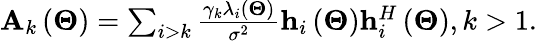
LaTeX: \begin{array}{r}{{{\mathbf{A}}_{k}}\left({{\mathbf{\Theta}}}\right)=\sum_{i>k}{\frac{{{\gamma_{k}}{\lambda_{i}}\left({\mathbf{\Theta}}\right)}}{{{\sigma^{2}}}}{{\mathbf{h}}_{i}}\left({\mathbf{\Theta}}\right){\mathbf{h}}_{i}^{H}\left({\mathbf{\Theta}}\right)},k>1.}\end{array}